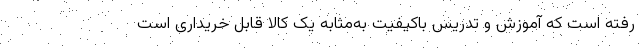
رفته است که آموزش و تدریس باکیفیت به‌مثابه یک کالا قابل خریداری است